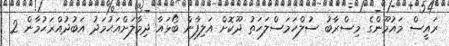
ރައީސް މައުމޫންގެ މިސްރާބު ސުލްހަމަސްލަހަތު ދޫކޮށް އަލިފާން ބޯޅައާ ދިމާލަށްއަޙުމަދު އަބުދުއްރަޙުމާން 2